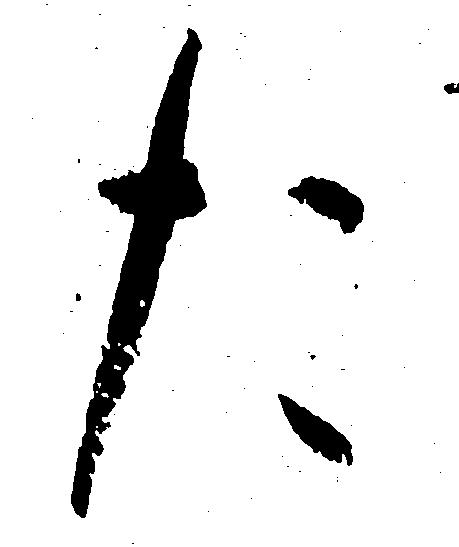
た